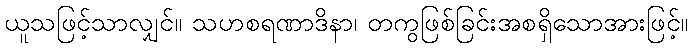
ယူသဖြင့်သာလျှင်။ သဟစရဏာဒိနာ၊ တကွဖြစ်ခြင်းအစရှိသောအားဖြင့်။